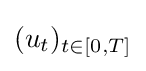
(u_{t})_{t\in [0,T]}\,\!